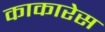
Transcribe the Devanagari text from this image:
काकारेस